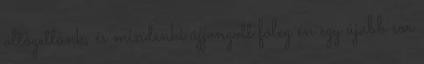
öltögettünk, és mindenki újjongott főleg én egy újabb sor